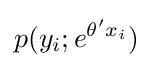
p(y_{i};e^{\theta 'x_{i}})